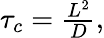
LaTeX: \begin{array}{r}{\tau_{c}=\frac{L^{2}}{D},}\end{array}